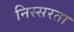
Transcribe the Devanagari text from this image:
निस्सरता